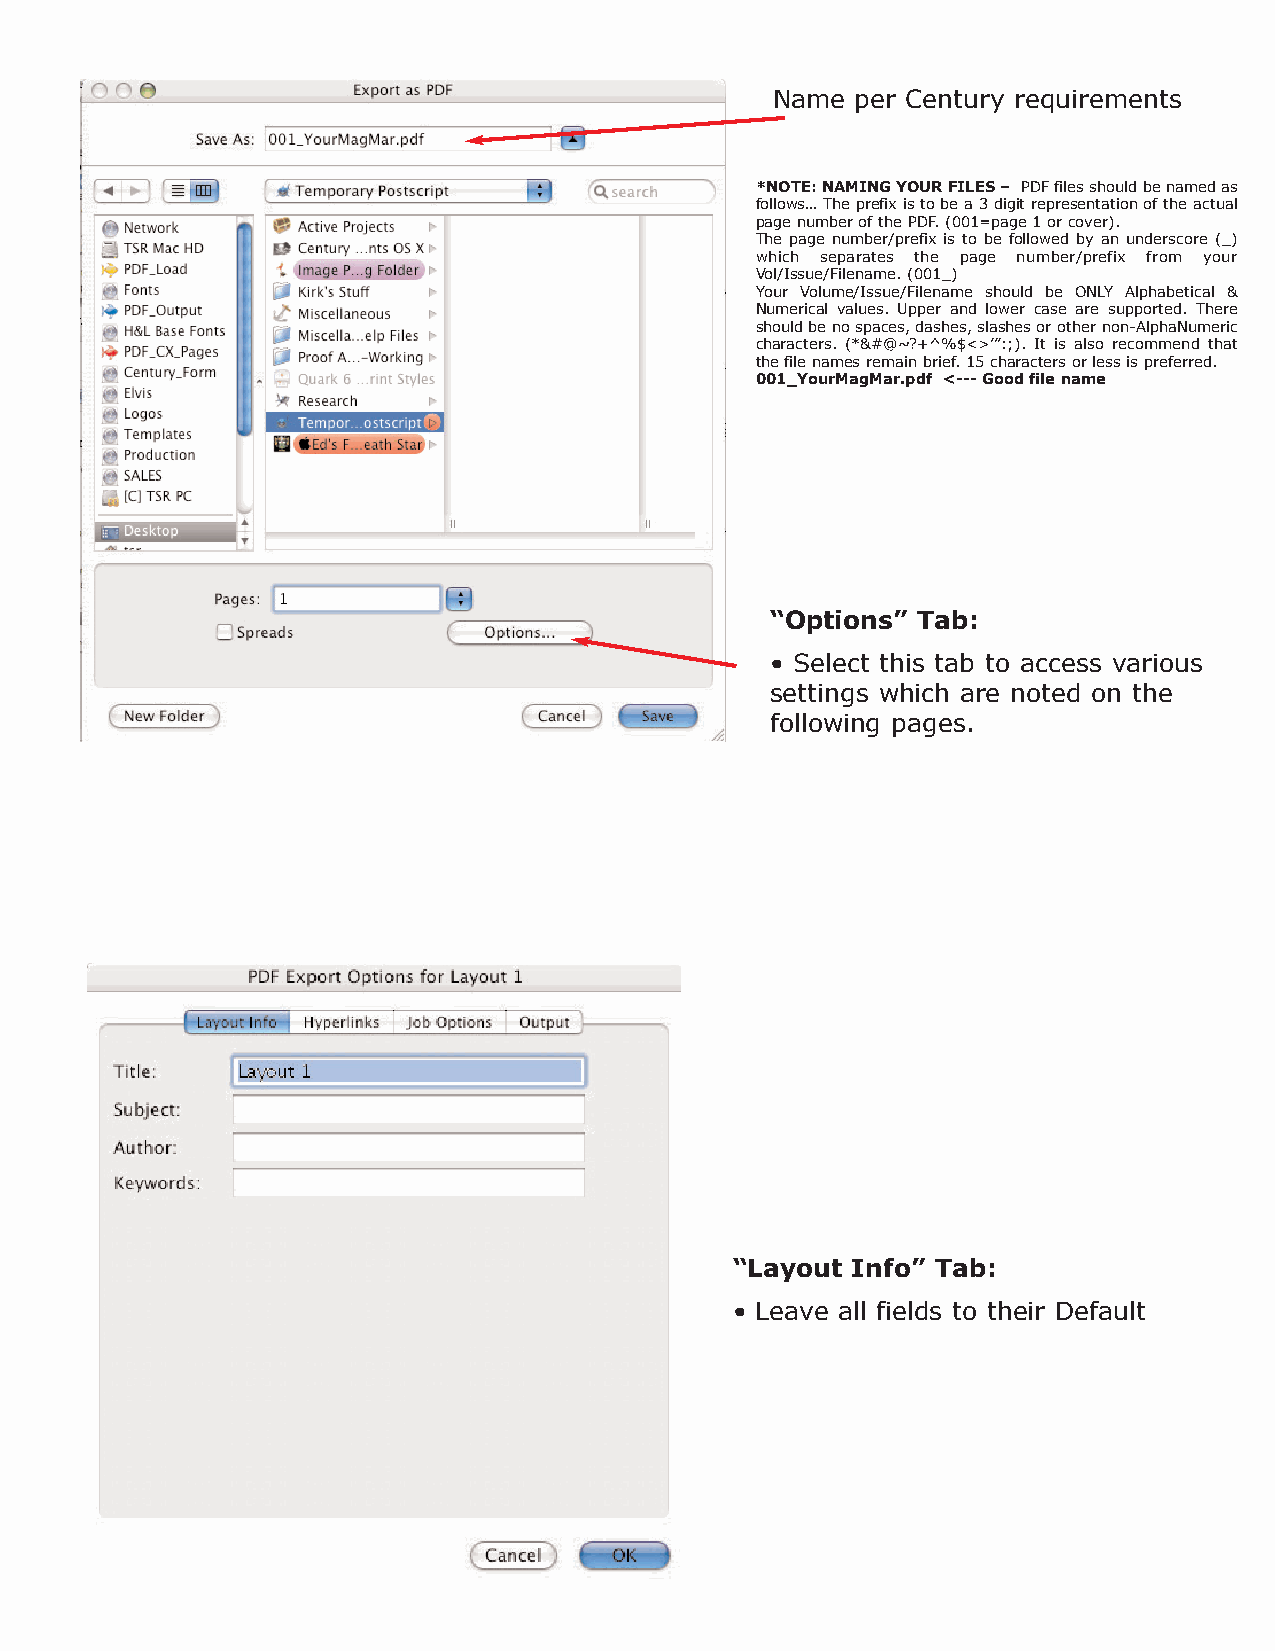
Name  per Century requirements
 *NOTE: NAMING YOUR FILES – PDF files should be named as
 follows… The prefix is to be a 3 digit representation of the actual
 page number of the PDF. (001=page 1 or cover).
 The page number/prefix is to be followed by an underscore (_)
 which separates the page number/prefix from your
 Vol/Issue/Filename. (001_)
 Your Volume/Issue/Filename should be ONLY Alphabetical &
 Numerical values. Upper and lower case are supported. There
 should be no spaces, dashes, slashes or other non-AlphaNumeric
 characters. (*&#@~?+^%$<>’”:;). It is also recommend that
 the file names remain brief. 15 characters or less is preferred.
 001_YourMagMar.pdf <--- Good file name
 “Options” Tab:
 • Select this tab to access various
 settings which are noted on the
 following pages.
 “Layout Info” Tab:
 • Leave all fields to their Default